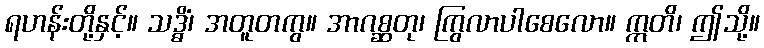
ရဟန်းတို့နှင့်။ သဒ္ဓိံ၊ အတူတကွ။ အာဂစ္ဆတု၊ ကြွလာပါစေလော။ ဣတိ၊ ဤသို့။